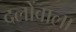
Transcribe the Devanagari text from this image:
दलोंवाला